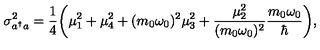
\sigma _ { a ^ { \dagger } a } ^ { 2 } = { \frac { 1 } { 4 } } \biggl ( \mu _ { 1 } ^ { 2 } + \mu _ { 4 } ^ { 2 } + ( m _ { 0 } \omega _ { 0 } ) ^ { 2 } \mu _ { 3 } ^ { 2 } + { \frac { \mu _ { 2 } ^ { 2 } } { ( m _ { 0 } \omega _ { 0 } ) ^ { 2 } } } { \frac { m _ { 0 } \omega _ { 0 } } { \hbar } } \biggr ) ,